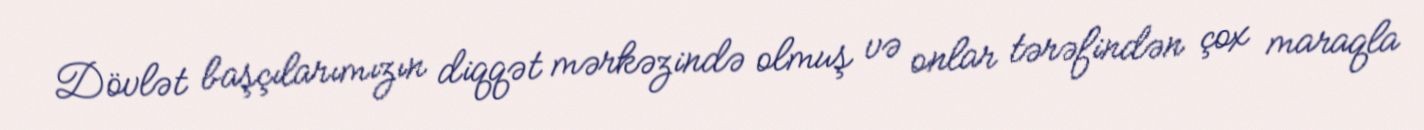
Dövlət başçılarımızın diqqət mərkəzində olmuş və onlar tərəfindən çox maraqla